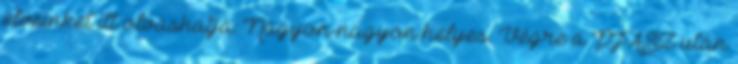
elveinket itt olvashatja: Nagyon-nagyon helyes. Végre a PFÁSZ után